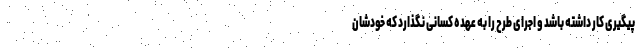
پیگیری کار داشته باشد و اجرای طرح را به عهده کسانی نگذارد که خودشان